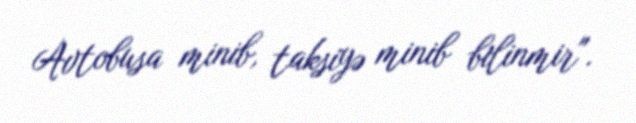
Avtobusa minib, taksiyə minib bilinmir".